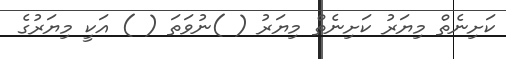
ކަށިނެތް މިޔަރު ކަށިނެތް މިޔަރު ( )ނުވަތަ ( ) އަކީ މިޔަރުގެ